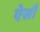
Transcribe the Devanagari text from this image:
ऐसौ